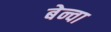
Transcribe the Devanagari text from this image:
बेन्वा